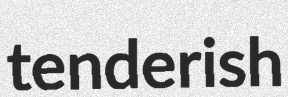
tenderish